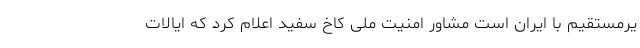
یرمستقیم با ایران است مشاور امنیت ملی کاخ سفید اعلام کرد که ایالات